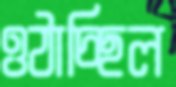
ওঠাচ্ছিল